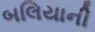
બલિયાની